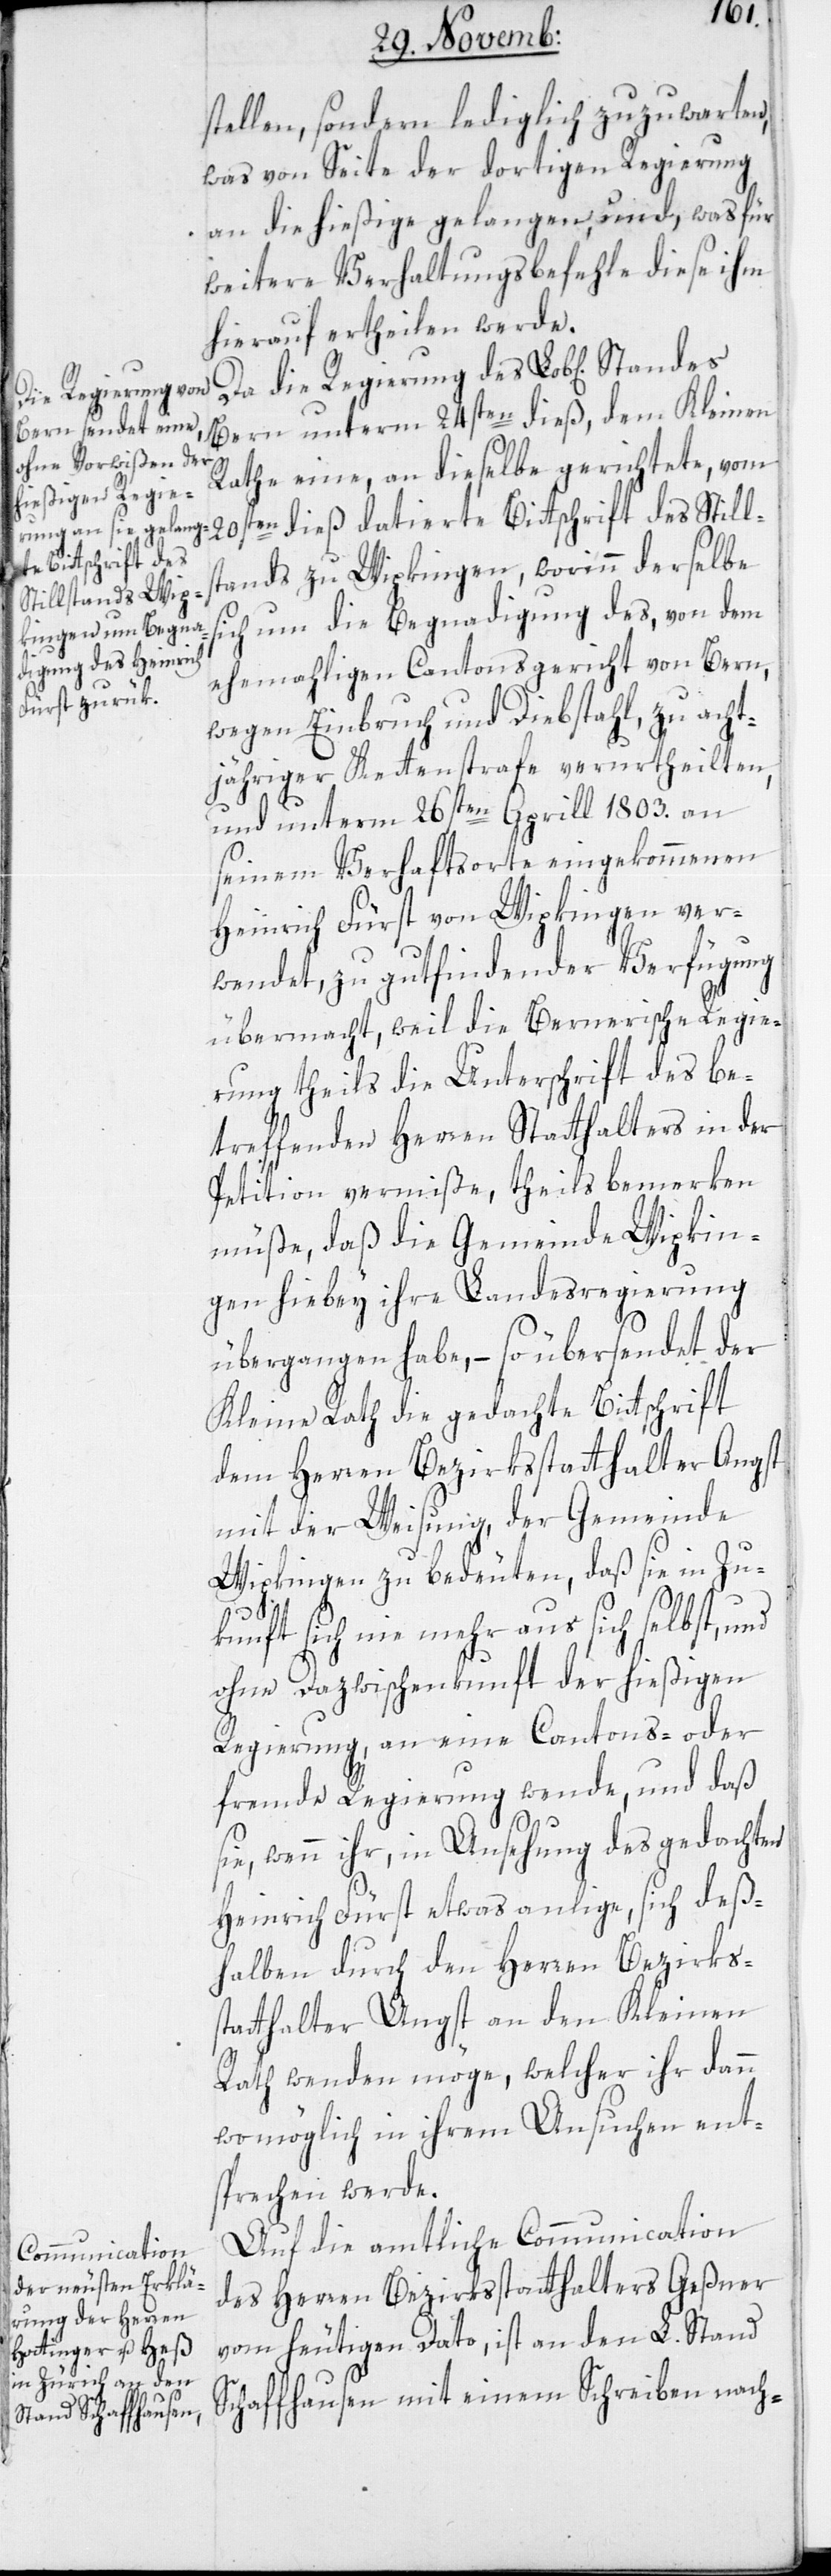
die Regierung des

stellen, sondern lediglich zuzuwarten,
was von Seite der dortigen Regierung
an die hießige gelangen, und, was für
weitere Verhaltungsbefehle diese ihm
hierauf ertheilen werde.
Bern unterm 24sten dieß, dem Kleinen
Rathe eine, an dieselbe gerichtete, vom
20sten dieß datierte Bittschrift des Stills¬
tands zu Wipkingen, worinn derselbe
sich um die Begnadigung des, von dem
ehemahligen Cantonsgericht von Bern,
wegen Einbruch und Diebstahl, zu acht¬
jähriger Kettenstrafe verurtheilten,
und unterm 26sten April 1803. an
seinem Verhaftsorte eingekommenen
Heinrich Fürst von Wipkingen ver¬
wendet, zu gutfindender Verfügung
übermacht, weil die Bernerische Regie¬
rung theils die Unterschrift des be¬
treffenden Herren Statthalters in der
Petition vermiße, theils bemerken
müße, daß die Gemeinde Wipkin¬
gen hiebey ihre Landesregierung
übergangen habe, – so übersendet der
Kleine Rath die gedachte Bittschrift
dem Herren Bezirksstatthalter Angst
mit der Weisung, der Gemeinde
Wipkingen zu bedeuten, daß sie in Zu¬
kunft sich nie mehr aus sich selbst, und
ohne Dazwischenkunft der hießigen
Regierung, an eine Cantons- oder
fremde Regierung wende, und daß
sie, wenn ihr, in Ansehung des gedachten
Heinrich Fürst etwas anliege, sich des¬
halben durch den Herren Bezirks¬
statthalter Angst an den Kleinen
Rath wenden möge, welcher ihr dann
womöglich in ihrem Ansuchen ent¬
sprechen werde.
Auf die amtliche Communication
des Herren Bezirksstatthalters Geßner
vom heutigen Dato, ist an den L. Stand
Schaffhausen mit einem Schreiben nach-